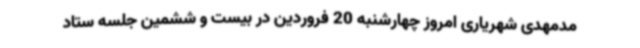
مدمهدی شهریاری امروز چهارشنبه 20 فروردین در بیست و ششمین جلسه ستاد